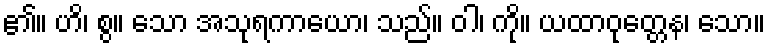
၏။ ဟိ၊ စွ။ သော အသုရကာယော၊ သည်။ ဝါ၊ ကို။ ယထာဝုတ္တေန၊ သော။